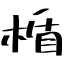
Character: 楯